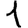
Digit: 1